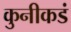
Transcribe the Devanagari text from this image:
कुनीकडं